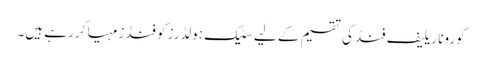
کورونا ریلیف فنڈ کی تقسیم کے لیے سٹیک ہولڈرز کو فنڈز مہیا کر رہے ہیں۔